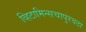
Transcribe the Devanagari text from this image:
व्हिटामिन्सचापुरवठा